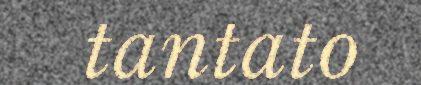
tantato